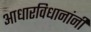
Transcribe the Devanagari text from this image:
आधारविधानांनी